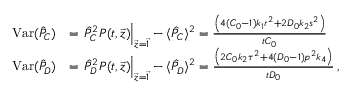
\begin{array} { r l } { \mathrm { V a r } ( \hat { P } _ { C } ) } & { = \left. \hat { P } _ { C } ^ { 2 } P ( t , \vec { z } ) \right| _ { \vec { z } = \vec { 1 } } - \langle \hat { P } _ { C } \rangle ^ { 2 } = \frac { \left( 4 ( C _ { 0 } - 1 ) k _ { 1 } r ^ { 2 } + 2 D _ { 0 } k _ { 2 } s ^ { 2 } \right) } { t C _ { 0 } } } \\ { \mathrm { V a r } ( \hat { P } _ { D } ) } & { = \left. \hat { P } _ { D } ^ { 2 } P ( t , \vec { z } ) \right| _ { \vec { z } = \vec { 1 } } - \langle \hat { P } _ { D } \rangle ^ { 2 } = \frac { \left( 2 C _ { 0 } k _ { 2 } \tau ^ { 2 } + 4 ( D _ { 0 } - 1 ) p ^ { 2 } k _ { 4 } \right) } { t D _ { 0 } } \, , } \end{array}